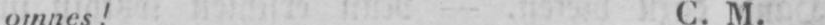
omnes! C. M.